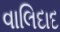
વાલિદાદ